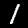
Digit: 1